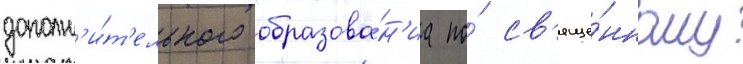
дополн'и́т'ельного образова́н'иа по́ св'яще́нному